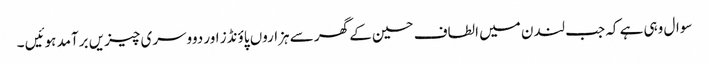
سوال وہی ہے کہ جب لندن میں الطاف حسین کے گھر سے ہزاروں پاؤنڈز اور دووسری چیزیں برآمد ہوئیں ۔